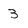
Character: 3